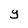
Character: y